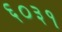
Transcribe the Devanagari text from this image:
६०३१